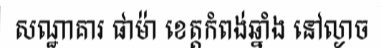
សណ្ឋាគារ ផាម៉ា ខេត្តកំពង់ឆ្នាំង នៅល្ងាច